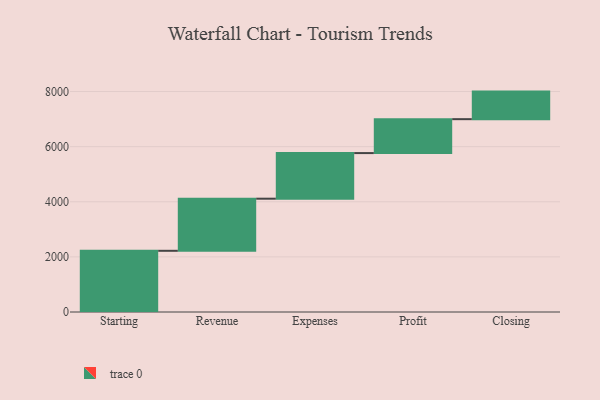
{"axis": {"x": "Step", "y": "Value"}, "legend": [""], "data": [{"x": "Starting", "y": 2221.0, "type": ""}, {"x": "Revenue", "y": 1891.0, "type": ""}, {"x": "Expenses", "y": 1655.0, "type": ""}, {"x": "Profit", "y": 1231.0, "type": ""}, {"x": "Closing", "y": 1000, "type": ""}]}